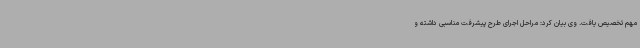
مهم تخصیص یافت. وی بیان کرد: مراحل اجرای طرح پیشرفت مناسبی داشته و